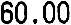
60.00